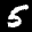
Label: 5